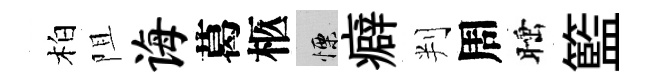
柏阻诲葛柩慄癖判周睡籃